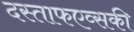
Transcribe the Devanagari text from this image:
दस्ताफएव्सकी